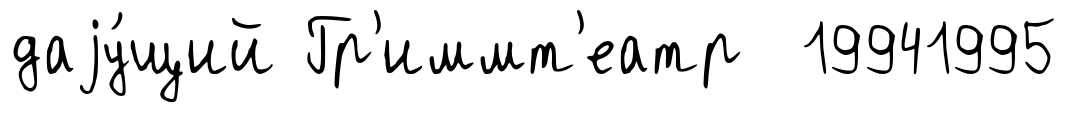
даjу́щий Гр'иммт'еатр 19941995